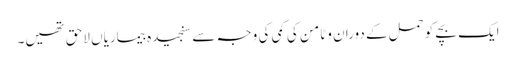
ایک بچے کو حمل کے دوران وٹامن کی کمی کی وجہ سے سنجیدہ بیماریاں لاحق تھیں۔